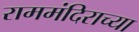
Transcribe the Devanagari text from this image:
राममंदिराच्या